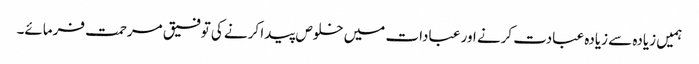
ہمیں زیادہ سے زیادہ عبادت کرنے اور عبادات میں خلوص پیدا کرنے کی توفیق مرحمت فرمائے۔